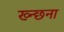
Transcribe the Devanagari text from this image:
ख्न्छना